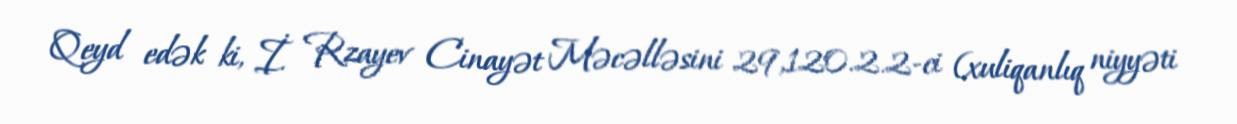
Qeyd edək ki, İ. Rzayev Cinayət Məcəlləsini 29,120.2.2-ci (xuliqanlıq niyyəti